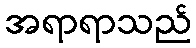
အရာရာသည်